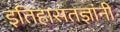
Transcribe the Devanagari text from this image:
इतिहासतज्ञांनी